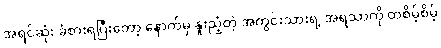
အရင်ဆုံး ခံစားရပြီးတော့ နောက်မှ နူးညံ့တဲ့ အတွင်းသားရဲ့ အရသာကို တစိမ့်စိမ့်